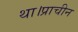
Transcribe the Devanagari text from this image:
था।प्राचीन